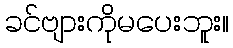
ခင်ဗျားကိုမပေးဘူး။